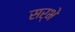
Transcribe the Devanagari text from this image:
सर्भे